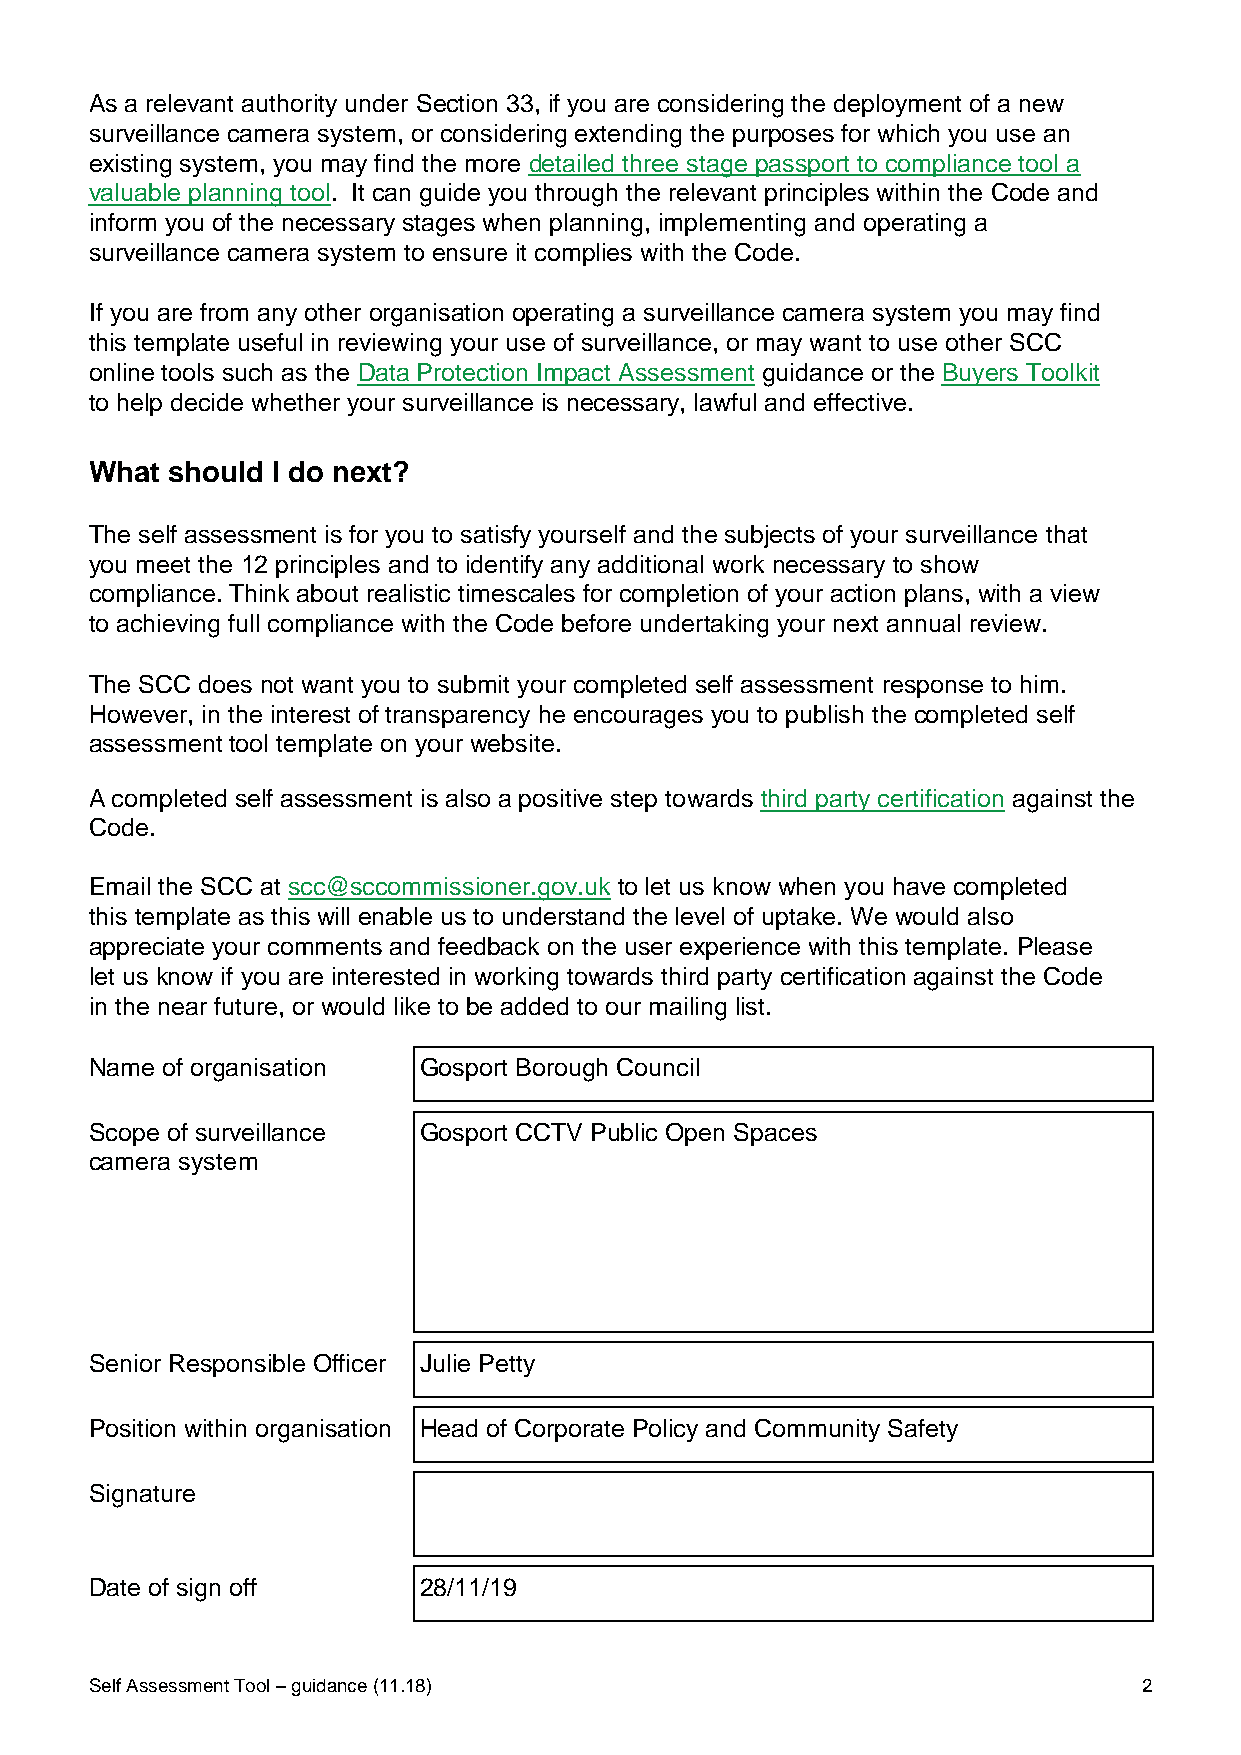
As a relevant authority under Section 33, if you are considering the deployment of a new
 surveillance camera system, or considering extending the purposes for which you use an
 existing system, you may find the more detailed three stage passport to compliance tool a
 valuable planning tool. It can guide you through the relevant principles within the Code and
 inform you of the necessary stages when planning, implementing and operating a
 surveillance camera system to ensure it complies with the Code.
 If you are from any other organisation operating a surveillance camera system you may find
 this template useful in reviewing your use of surveillance, or may want to use other SCC
 online tools such as the Data Protection Impact Assessment guidance or the Buyers Toolkit
 to help decide whether your surveillance is necessary, lawful and effective.
 What should I do next?
 The self assessment is for you to satisfy yourself and the subjects of your surveillance that
 you meet the 12 principles and to identify any additional work necessary to show
 compliance. Think about realistic timescales for completion of your action plans, with a view
 to achieving full compliance with the Code before undertaking your next annual review.
 The SCC does not want you to submit your completed self assessment response to him.
 However, in the interest of transparency he encourages you to publish the completed self
 assessment tool template on your website.
 A completed self assessment is also a positive step towards third party certification against the
 Code.
 Email the SCC at scc@sccommissioner.gov.uk to let us know when you have completed
 this template as this will enable us to understand the level of uptake. We would also
 appreciate your comments and feedback on the user experience with this template. Please
 let us know if you are interested in working towards third party certification against the Code
 in the near future, or would like to be added to our mailing list.
 Name of organisation  Gosport Borough Council
 Scope of surveillance Gosport CCTV Public Open Spaces
 camera system
 Senior Responsible Officer Julie Petty
 Position within organisation Head of Corporate Policy and Community Safety
 Signature
 Date of sign off      28/11/19
 Self Assessment Tool – guidance (11.18)                               2